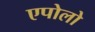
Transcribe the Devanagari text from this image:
एपोलो